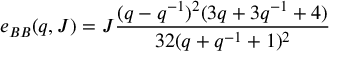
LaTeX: e _ { B B } ( q , J ) = J \frac { ( q - q ^ { - 1 } ) ^ { 2 } ( 3 q + 3 q ^ { - 1 } + 4 ) } { 3 2 ( q + q ^ { - 1 } + 1 ) ^ { 2 } }